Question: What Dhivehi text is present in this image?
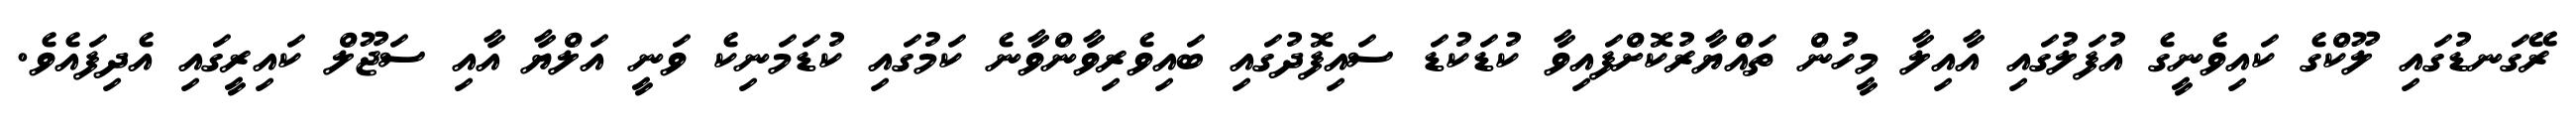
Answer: ރޭގަނޑުގައި ލޫކްގެ ކައިވެނީގެ އުފަލުގައި އާއިލާ މީހުން ތައްޔާރުކޮށްފައިވާ ކުޑަކުޑަ ސައިފޮދުގައި ބައިވެރިވާންވާނެ ކަމުގައި ކުޑަމަނިކެ ވަނީ އަލްޔާ އާއި ސަޖޫލް ކައިރީގައި އެދިފައެވެ.